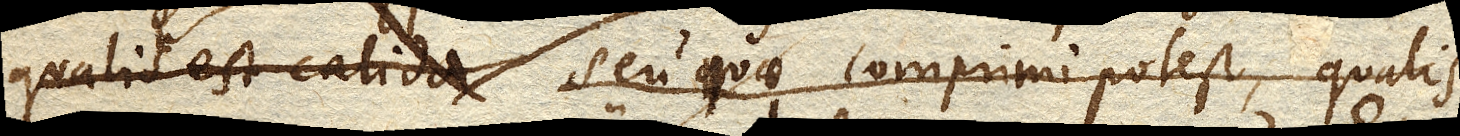
qualis calida seu quae comprimi potest, qualis